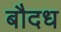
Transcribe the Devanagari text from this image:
बौदध